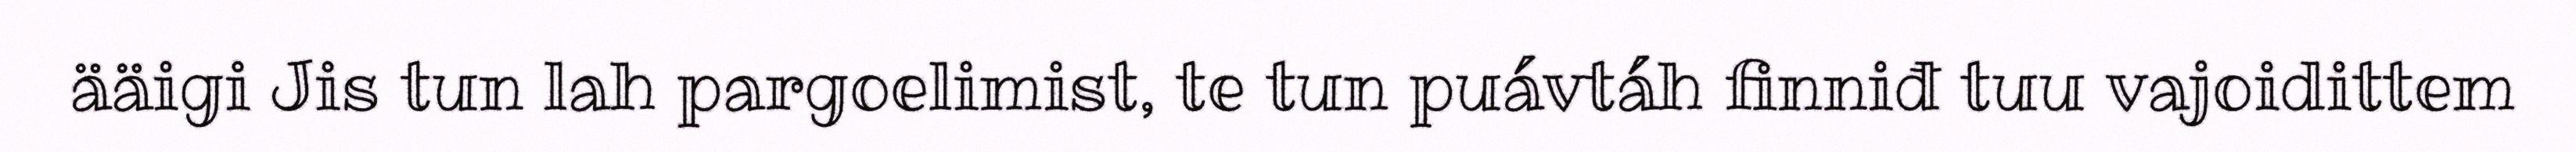
ääigi Jis tun lah pargoelimist, te tun puávtáh finniđ tuu vajoidittem